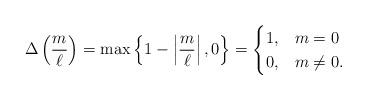
LaTeX: \begin{align*} \Delta\left(\frac{m}{\ell}\right)=\max\left\{1-\left|\frac{m}{\ell}\right|,0\right\}= \begin{cases} 1, & m=0 \\ 0, & m\neq 0. \end{cases}\end{align*}